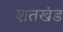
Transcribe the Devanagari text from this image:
शतखंड